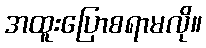
အထူးပြောစရာမလို။